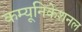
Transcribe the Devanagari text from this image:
कम्यूनिकेशनल